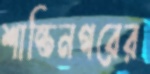
শান্তিনগরের